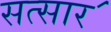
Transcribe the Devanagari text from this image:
सत्सार॔